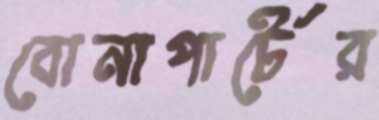
বোনাপার্টের